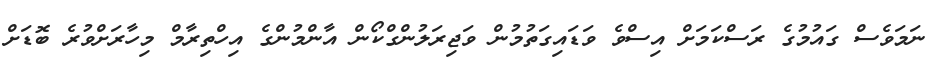
ނަމަވެސް ގައުމުގެ ރަސްކަމަށް އިސްވެ ވަޑައިގަތުމުން ވަޖިރަލުންގްކޯން އާންމުންގެ އިހްތިރާމް މިހާރަށްވުރެ ބޮޑަށް